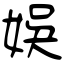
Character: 娛